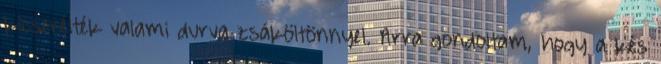
kicserélték valami durva zsáköltönnyel. Arra gondoltam, hogy a kés